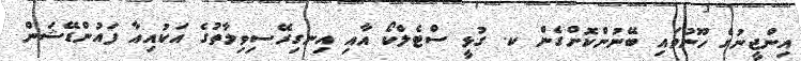
އިންޖީނުގެ ހޫނުވައި ބޭނުންކޮށްގެން ކ. ގުޅީ ސްޓެލްކޯ އާއި އިނގިރޭސިވިލާތުގެ އަކުއިއާ ފައުންޑޭޝަން